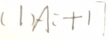
( 1 ) A : + 1 7